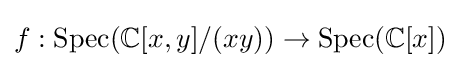
f:\operatorname {Spec} (\mathbb {C} [x,y]/(xy))\to \operatorname {Spec} (\mathbb {C} [x])